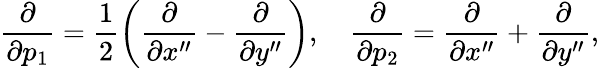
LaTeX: {\frac{\partial}{\partial p_{1}}}={\frac{1}{2}}\biggl({\frac{\partial}{\partial x^{\prime\prime}}}-{\frac{\partial}{\partial y^{\prime\prime}}}\biggr),\quad{\frac{\partial}{\partial p_{2}}}={\frac{\partial}{\partial x^{\prime\prime}}}+{\frac{\partial}{\partial y^{\prime\prime}}},